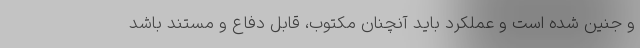
و جنین شده است و عملکرد باید آنچنان مکتوب، قابل دفاع و مستند باشد